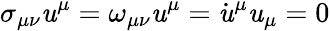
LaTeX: \sigma_{\mu\nu}\mathit{u}^{\mu}=\omega_{\mu\nu}\mathit{u}^{\mu}=\dot{{\mathit{u}}}^{\mu}\mathit{u}_{\mu}=0